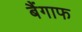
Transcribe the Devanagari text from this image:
बैंगाफ